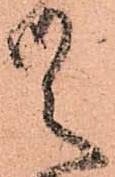
候